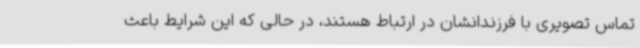
تماس تصویری با فرزندانشان در ارتباط هستند، در حالی که این شرایط باعث